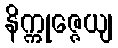
နိက္ကုဇ္ဇေယျ